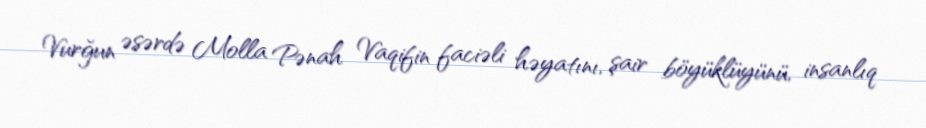
Vurğun əsərdə Molla Pənah Vaqifin faciəli həyatını, şair böyüklüyünü, insanlıq